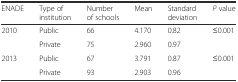
| ENADE | Type of institution | Number of schools | Mean | Standard deviation | P value |
 | --- | --- | --- | --- | --- | --- |
 | <ROWSPAN=2> 2010 | Public | 66 | 4.170 | 0.82 | <ROWSPAN=2> ≤0.001 |
 | Private | 75 | 2.960 | 0.97 |
 | <ROWSPAN=2> 2013 | Public | 67 | 3.791 | 0.87 | <ROWSPAN=2> ≤0.001 |
 | Private | 93 | 2.903 | 0.96 |